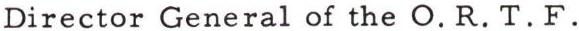
Director General of the O. R. T. F.